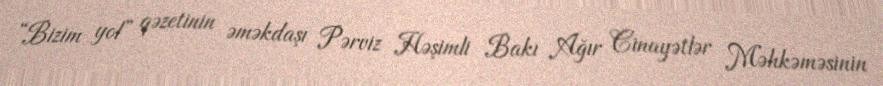
“Bizim yol” qəzetinin əməkdaşı Pərviz Həşimli Bakı Ağır Cinayətlər Məhkəməsinin